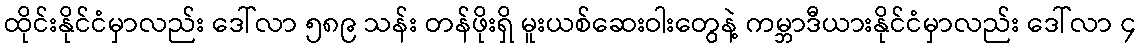
ထိုင်းနိုင်ငံမှာလည်း ဒေါ်လာ ၅၈၉ သန်း တန်ဖိုးရှိ မူးယစ်ဆေးဝါးတွေနဲ့ ကမ္ဘာဒီယားနိုင်ငံမှာလည်း ဒေါ်လာ ၄